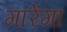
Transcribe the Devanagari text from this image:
गारेंगा